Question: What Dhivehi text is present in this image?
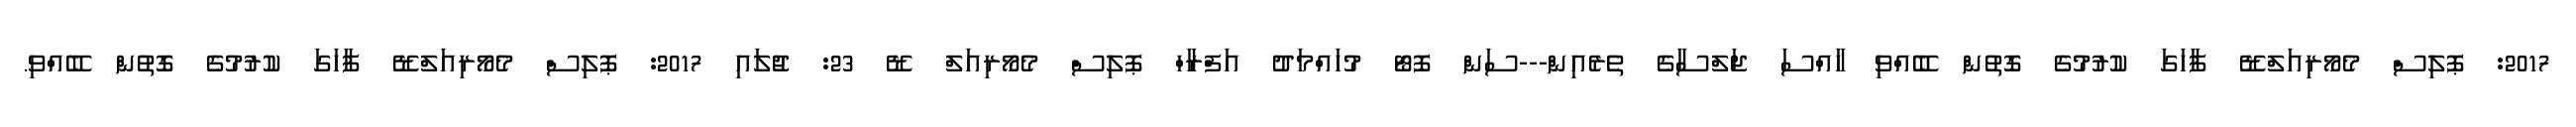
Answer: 2017: ޕޮލިސް މެމޯރިއަލްޑޭ ފާހަގަ ކުރުމުގެ ގޮތުން ބޭއްވި ހާއްސަ ޖަލްސާގެ ތެރެއިން---ސަން ފޮޓޯ މުހައްމަދު އަފްރާހް ޕޮލިސް މެމޯރިއަލް ޑޭ 23: ޖުލައި 2017: ޕޮލިސް މެމޯރިއަލްޑޭ ފާހަގަ ކުރުމުގެ ގޮތުން ބޭއްވި.